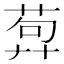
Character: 𦴳